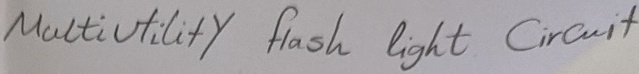
Text: Multiutility  flash  light   Circuit